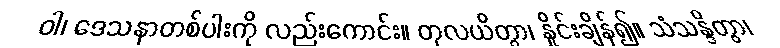
ဝါ၊ ဒေသနာတစ်ပါးကို လည်းကောင်း။ တုလယိတွာ၊ နှိုင်းချိန်၍။ သံသန္ဒိတွာ၊